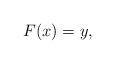
LaTeX: \begin{align*} F(x) = y, \end{align*}